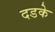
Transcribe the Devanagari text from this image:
दडके